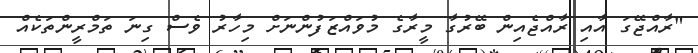
"ރާއްޖޭގަ އާއި ރާއްޖެއިން ބޭރުގާ މީރާގެ މުވައްޒަފުންނަށް މިހާރު ވެސް ގިނަ ތަމްރީންތަކެއް